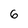
Character: 6